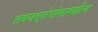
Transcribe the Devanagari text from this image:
लवणस्तंभांसारखीच